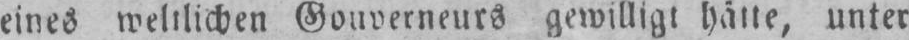
eines weltlichen Gouverneurs gewilligt hätte, unter